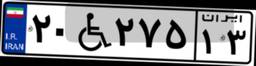
۲۰W۲۷۵۱۳